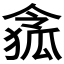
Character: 𠍐